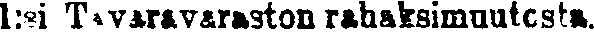
1:ksi tavaravaraston rahaksimuutosta.